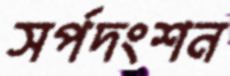
সর্পদংশন